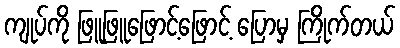
ကျုပ်ကို ဖြူဖြူဖြောင့်ဖြောင့် ပြောမှ ကြိုက်တယ်